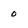
Character: 0